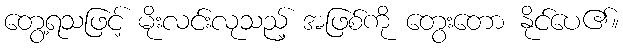
တွေ့ရသဖြင့် မိုးလင်းလုသည့် အဖြစ်ကို တွေးတော နိုင်ပေ၏။